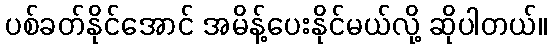
ပစ်ခတ်နိုင်အောင် အမိန့်ပေးနိုင်မယ်လို့ ဆိုပါတယ်။